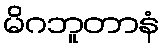
မိဂဘူတာနံ